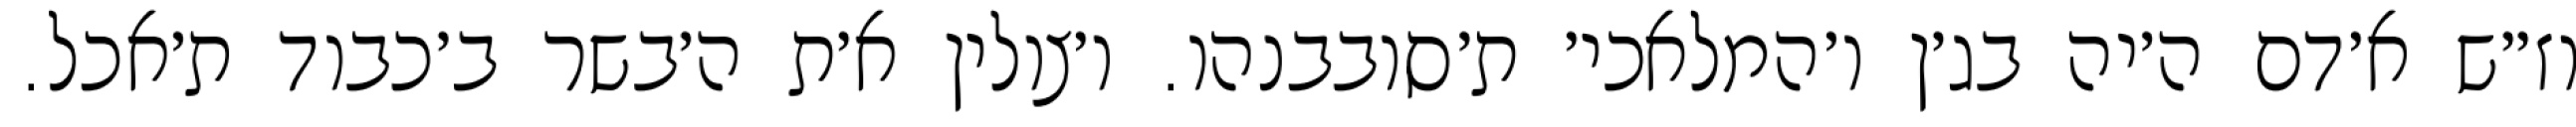
וז״ש א׳דם ה׳יה בג׳ן ו׳המלאכי׳ ת׳סובבנהו. ו׳צולין א׳ת ה׳בשר ב׳כבוד ת׳אכל.